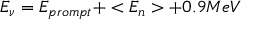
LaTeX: E _ { \nu } = E _ { p r o m p t } + < E _ { n } > + 0 . 9 M e V